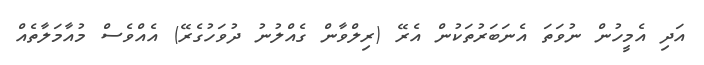
އަދި އެމީހުން ނުވަތަ އެނަބަރުތަކުން އެރޭ (ރިލްވާން ގެއްލުނު ދުވަހުގެރޭ) އެއްވެސް މުއާމަލާތެއް